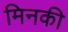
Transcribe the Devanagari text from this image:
मिनकी